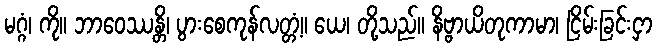
မဂ္ဂံ၊ ကို။ ဘာဝေဿန္တိ၊ ပွားစေကုန်လတ္တံ့။ ယေ၊ တို့သည်။ နိဗ္ဗာယိတုကာမာ၊ ငြိမ်းခြင်းငှာ